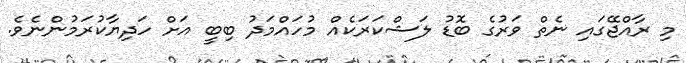
މި ރާއްޖޭގައި ނެތް ވަރުގެ ބޮޑު ލަޝްކަރަކެއް މުހައްމަދު ބިބީ އަށް ހަދިޔާކުރަމުންނެވެ.